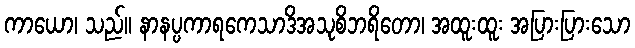
ကာယော၊ သည်။ နာနပ္ပကာရကေသာဒိအသုစိဘရိတော၊ အထူးထူး အပြားပြားသော